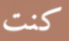
كنت